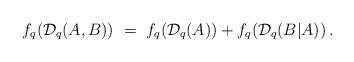
LaTeX: \begin{align*}f_q(\mathcal{D}_q(A,B)) \ = \ f_q(\mathcal{D}_q(A)) + f_q(\mathcal{D}_q(B|A))\, .\end{align*}